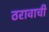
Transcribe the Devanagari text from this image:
ठरावाची